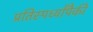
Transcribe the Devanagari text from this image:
प्रतिस्पर्ध्यांपैकी